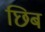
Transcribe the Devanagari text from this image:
छिब